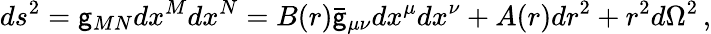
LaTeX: ds^{2}=\mathsf{g}_{MN}dx^{M}dx^{N}=B(r)\bar{{\mathsf{g}}}_{\mu\nu}dx^{\mu}dx^{\nu}+A(r)dr^{2}+r^{2}d\Omega^{2}\, ,